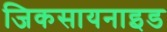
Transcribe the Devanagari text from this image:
जिकसायनाइड